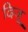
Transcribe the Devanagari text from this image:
दिजू